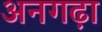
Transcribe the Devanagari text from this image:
अनगढ़ा